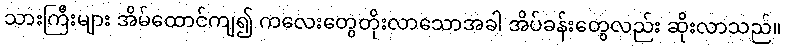
သားကြီးများ အိမ်ထောင်ကျ၍ ကလေးတွေတိုးလာသောအခါ အိပ်ခန်းတွေလည်း ဆိုးလာသည်။